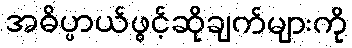
အဓိပ္ပာယ်ဖွင့်ဆိုချက်များကို